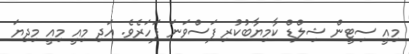
މިއީ ސިޓީން ޝިލްޑް ކާމިޔާބުކުރި ފަސްވަނަ ފަހަރެވެ. އަދި މިއީ މިއީ މިދިޔަ